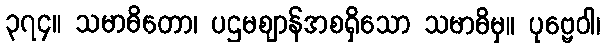
၃၇၄။ သမာဓိတော၊ ပဌမဈာန်အစရှိသော သမာဓိမှ။ ပုဗ္ဗေဝါ၊